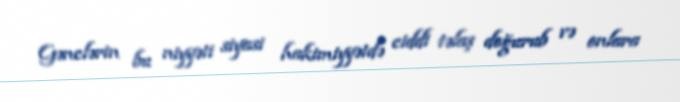
Gənclərin bu niyyəti siyasi hakimiyyətdə ciddi təlaş doğurub və onlara